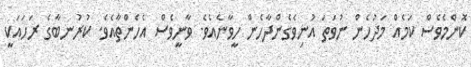
ކޮންމެވެސް ކަމެއް މަދުހެން ނުވަތަ އުނިވެގެންދާހެން ހީވާނެއެވެ. ވާނީވެސް އެހެންތާއެވެ. ކުރުނބާގެ ރަހައަކީ